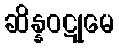
ဆိန္နဝဋုမေ